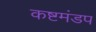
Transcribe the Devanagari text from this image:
कष्टमंडप